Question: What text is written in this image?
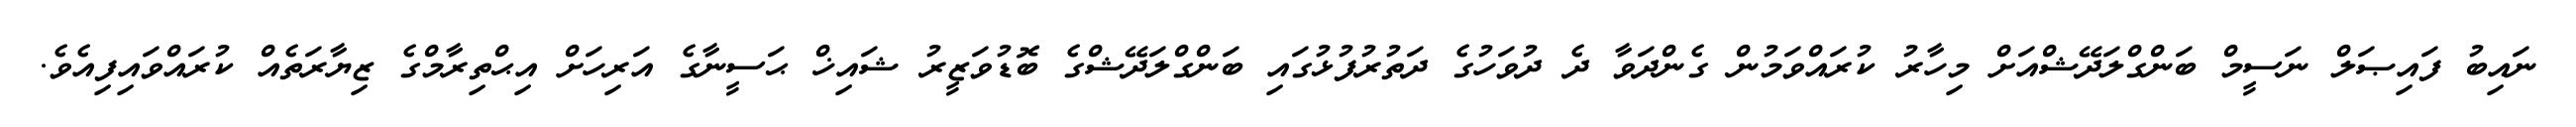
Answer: ނައިބު ފައިޞަލް ނަސީމް ބަންގްލަދޭޝްއަށް މިހާރު ކުރައްވަމުން ގެންދަވާ ދެ ދުވަހުގެ ދަތުރުފުޅުގައި ބަންގްލަދޭޝްގެ ބޮޑުވަޒީރު ޝައިޚް ޙަސީނާގެ އަރިހަށް އިޙްތިރާމްގެ ޒިޔާރަތެއް ކުރައްވައިފިއެވެ.